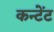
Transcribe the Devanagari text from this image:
कन्टेंट